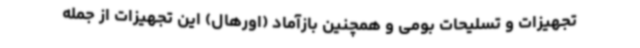
تجهیزات و تسلیحات بومی و همچنین بازآماد (اورهال) این تجهیزات از جمله